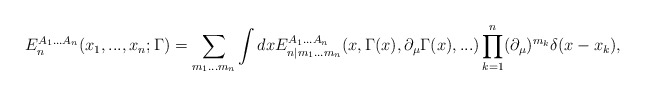
\begin{align*}E_n^{A_1...A_n}(x_1,...,x_n;\Gamma)=\sum_{m_1...m_n}\int dxE_{n|m_1...m_n}^{A_1...A_n}(x,\Gamma(x),\partial_\mu\Gamma(x),...)\prod_{k=1}^n(\partial_\mu)^{m_k}\delta(x-x_k),\end{align*}